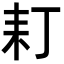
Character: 耓